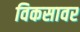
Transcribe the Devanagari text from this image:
विकसावर